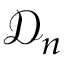
{ { \mathcal { D } } _ { n } }